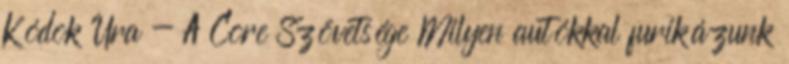
Kódok Ura - A Core Szövetsége Milyen autókkal furikázunk